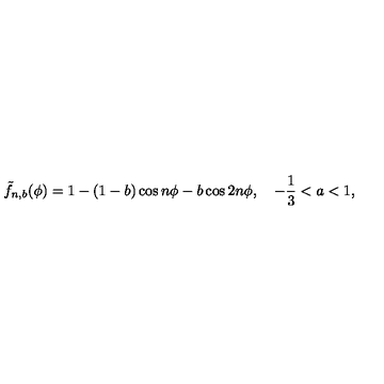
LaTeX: \tilde { f } _ { n , b } ( \phi ) = 1 - ( 1 - b ) \cos n \phi - b \cos 2 n \phi , \quad - \frac { 1 } { 3 } < a < 1 ,